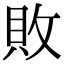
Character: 敗